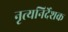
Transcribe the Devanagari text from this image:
नृत्यनिर्देशक